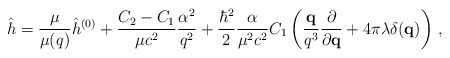
\begin{align*}\hat h = \frac{\mu}{\mu(q)}\hat h^{(0)} + \frac{C_2-C_1}{\mu c^2}\frac{\alpha^2}{q^2} + \frac{\hbar^2}{2}\frac{\alpha}{\mu^2c^2}C_1\left(\frac{{\bf q}}{q^3}\frac{\partial}{\partial{\bf q}} + 4\pi\lambda\delta({\bf q})\right)\,,\end{align*}